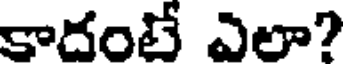
కాదంటే ఎలా?